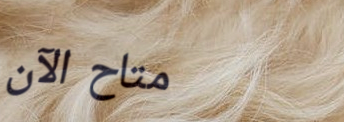
متاح الآن